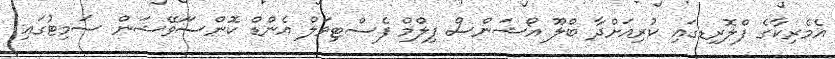
އެެމެރިކާގެ ފްލޮރިޑގައި ކުރިއަށްދާ ބްލޫ އޯޝަންސް ފިލްމް ފެސްޓިވަލް އެންޑް ކޮންސަަވޭޝަން ސަމިޓުގައި